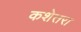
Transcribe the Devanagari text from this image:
कशेतरा